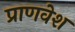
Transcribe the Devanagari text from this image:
प्राणवेश